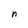
Character: n